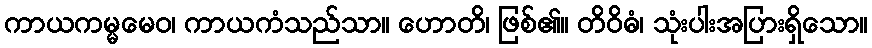
ကာယကမ္မမေဝ၊ ကာယကံသည်သာ။ ဟောတိ၊ ဖြစ်၏။ တိဝိဓံ၊ သုံးပါးအပြားရှိသော။